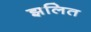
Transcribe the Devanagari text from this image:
झलित